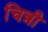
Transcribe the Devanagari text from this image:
चिन्नी